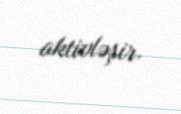
aktivləşir.